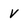
Character: v